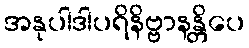
အနုပါဒါပရိနိဗ္ဗာနန္တိပေ